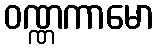
ဝဏ္ဏကာမော